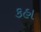
કહા